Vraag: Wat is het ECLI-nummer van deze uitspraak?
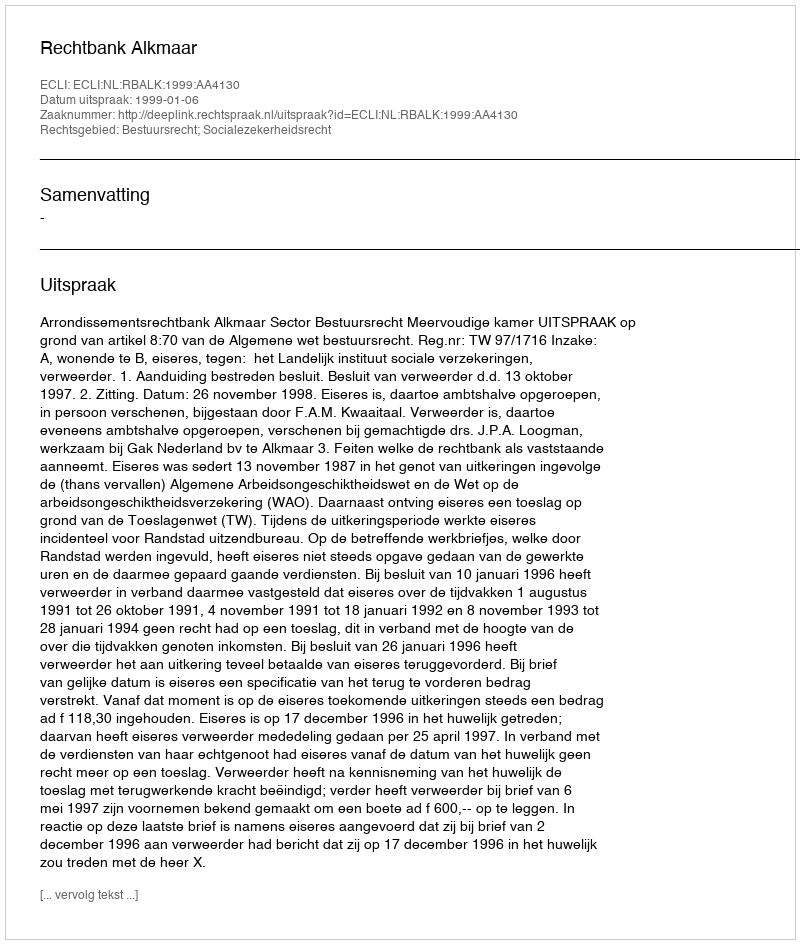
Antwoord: ECLI:NL:RBALK:1999:AA4130